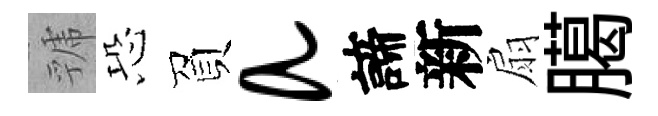
虢恐負a諦新扇臈